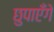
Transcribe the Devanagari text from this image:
छुपाएँगे